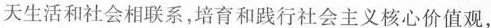
天生活和社会相联系，培育和践行社会主义核心价值观，